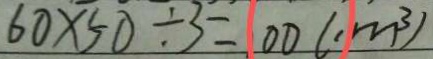
6 0 \times 5 0 \div 3 = 1 0 0 ( m ^ { 3 } )